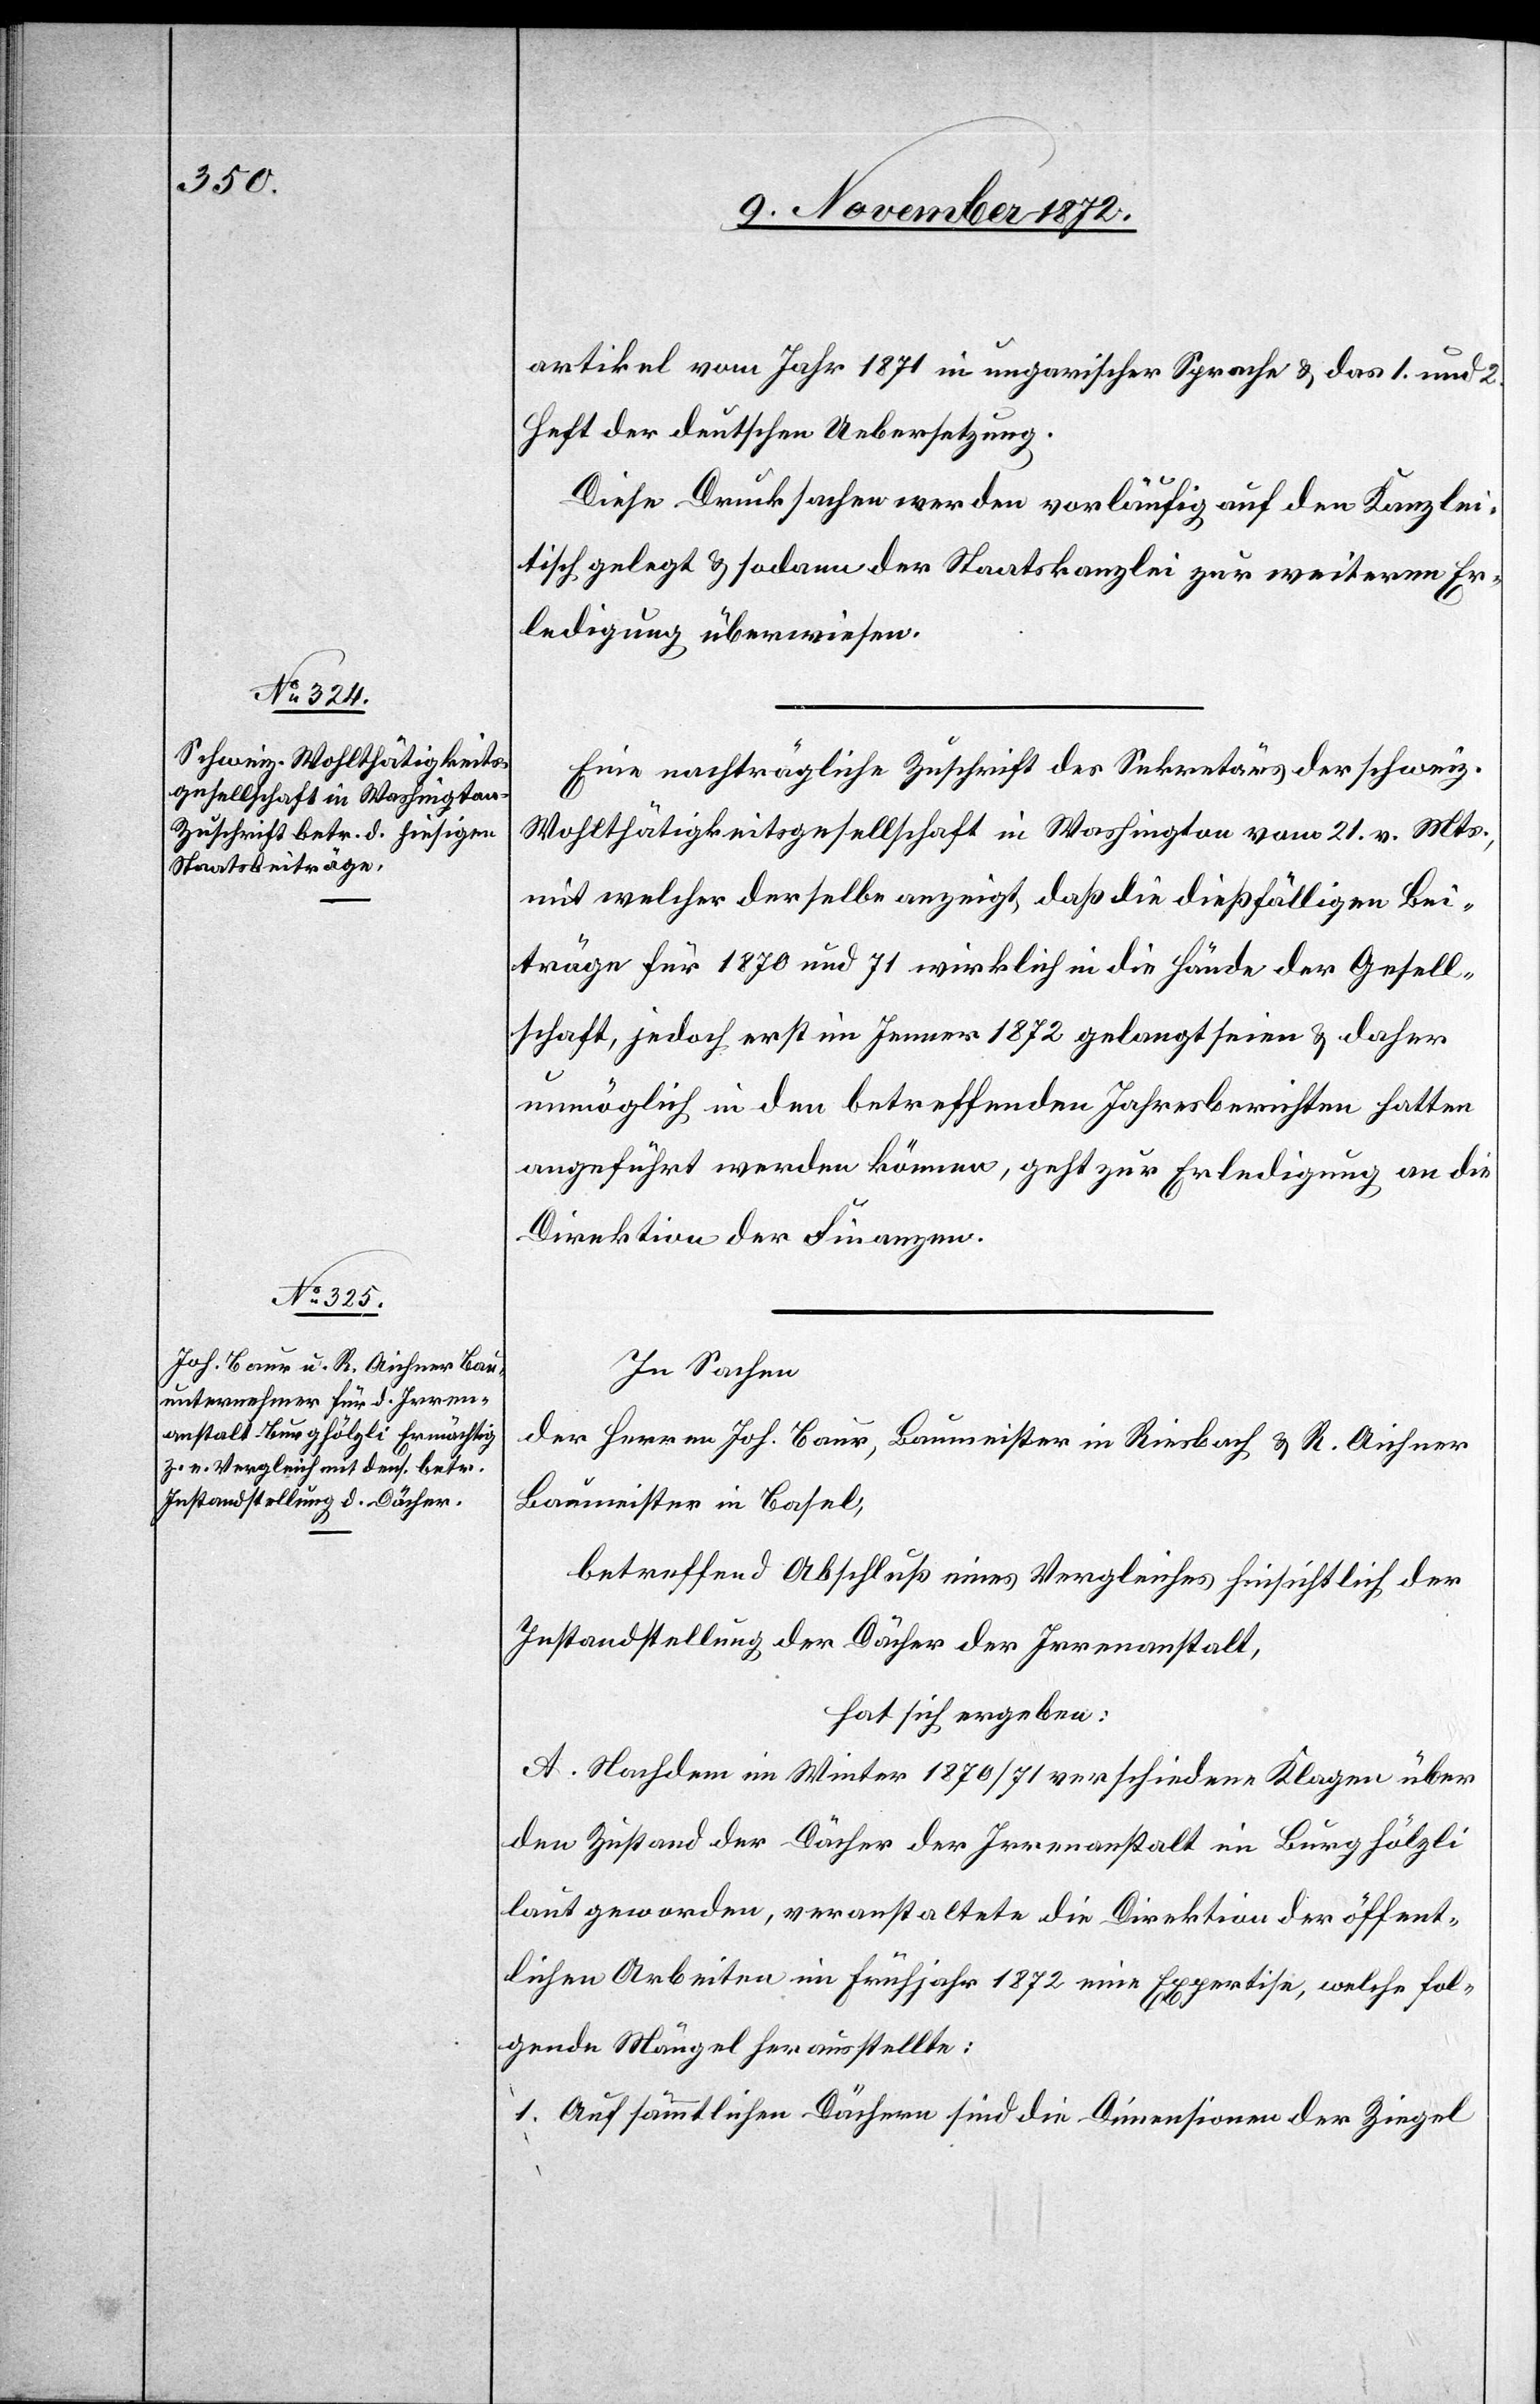
artikel vom Jahr 1871 in ungarischer Sprache u. das 1. und 2.
Heft der deutschen Uebersetzung.
Diese Drucksachen werden vorläufig auf den Kanzlei¬
tisch gelegt u. sodann der Staatskanzlei zur weiteren Er¬
ledigung überwiesen.
Eine nachträgliche Zuschrift des Sekretärs der schweiz.
Wohlthätigkeitsgesellschaft in Washington vom 21. v. Mts.,
mit welcher derselbe anzeigt, daß die dießfälligen Bei¬
träge für 1870 und 71 wirklich in die Hände der Gesell¬
schaft, jedoch erst im Jenner 1872 gelangt seien u. daher
unmöglich in den betreffenden Jahresberichten hatten
angeführt werden können, geht zur Erledigung an die
Direktion der Finanzen.
In Sachen
der Herren Job. Baur, Baumeister in Riesbach u. R. Aichner
Baumeister in Basel,
betreffend Abschluß eines Vergleiches hinsichtlich der
Instandstellung der Dächer der Irrenanstalt,
hat sich ergeben:
A. Nachdem im Winter 1870/71 verschiedene Klagen über
den Zustand der Dächer der Irrenanstalt im Burghölzli
laut geworden, veranstaltete die Direktion der öffent¬
lichen Arbeiten im Frühjahr 1872 eine Expertise, welche fol¬
gende Mängel herausstellte:
1. Auf sämmtlichen Dächern sind die Dimensionen der Ziegel